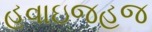
હવાઇજહજ